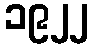
၁၉၂၂